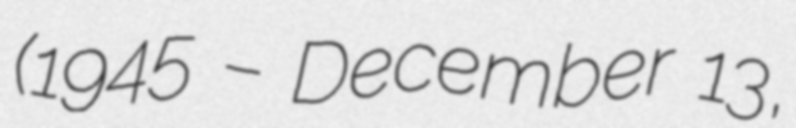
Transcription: (1945 – December 13,